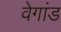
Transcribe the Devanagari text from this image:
वेगांड